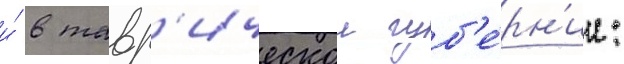
и́ в тавр'ическои губ'е́рн'ии: